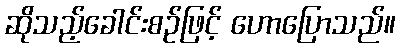
ဆိုသည့်ခေါင်းစဉ်ဖြင့် ဟောပြောသည်။